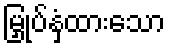
မြှုပ်နှံထားသော